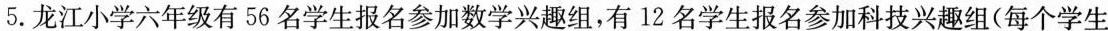
5.龙江小学六年级有56名学生报名参加数学兴趣组，有12名学生报名参加科技兴趣组(每个学生